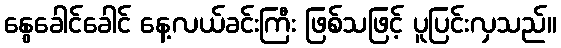
နွေခေါင်ခေါင် နေ့လယ်ခင်းကြီး ဖြစ်သဖြင့် ပူပြင်းလှသည်။